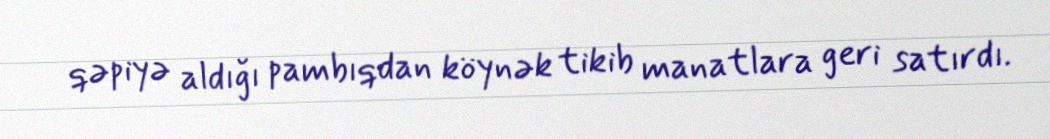
qəpiyə aldığı pambıqdan köynək tikib manatlara geri satırdı.